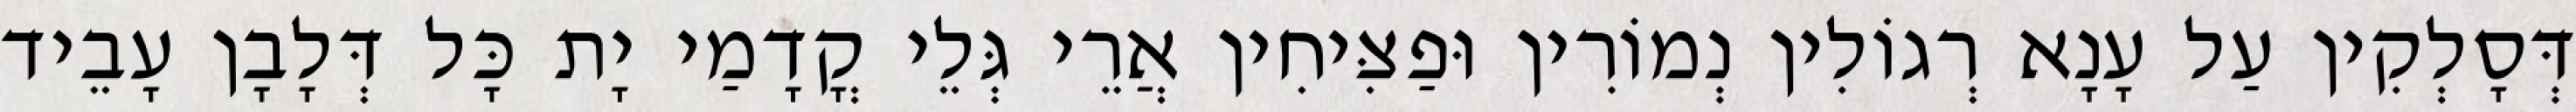
דְּסָלְקִין עַל עָנָא רְגוֹלִין נְמוֹרִין וּפַצִּיחִין אֲרֵי גְּלֵי קֳדָמַי יָת כָּל דְּלָבָן עָבֵיד